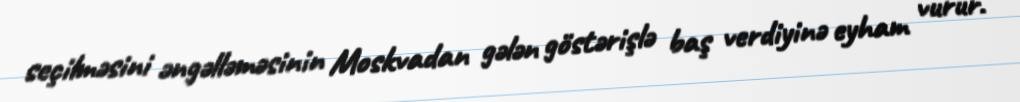
seçilməsini əngəlləməsinin Moskvadan gələn göstərişlə baş verdiyinə eyham vurur.